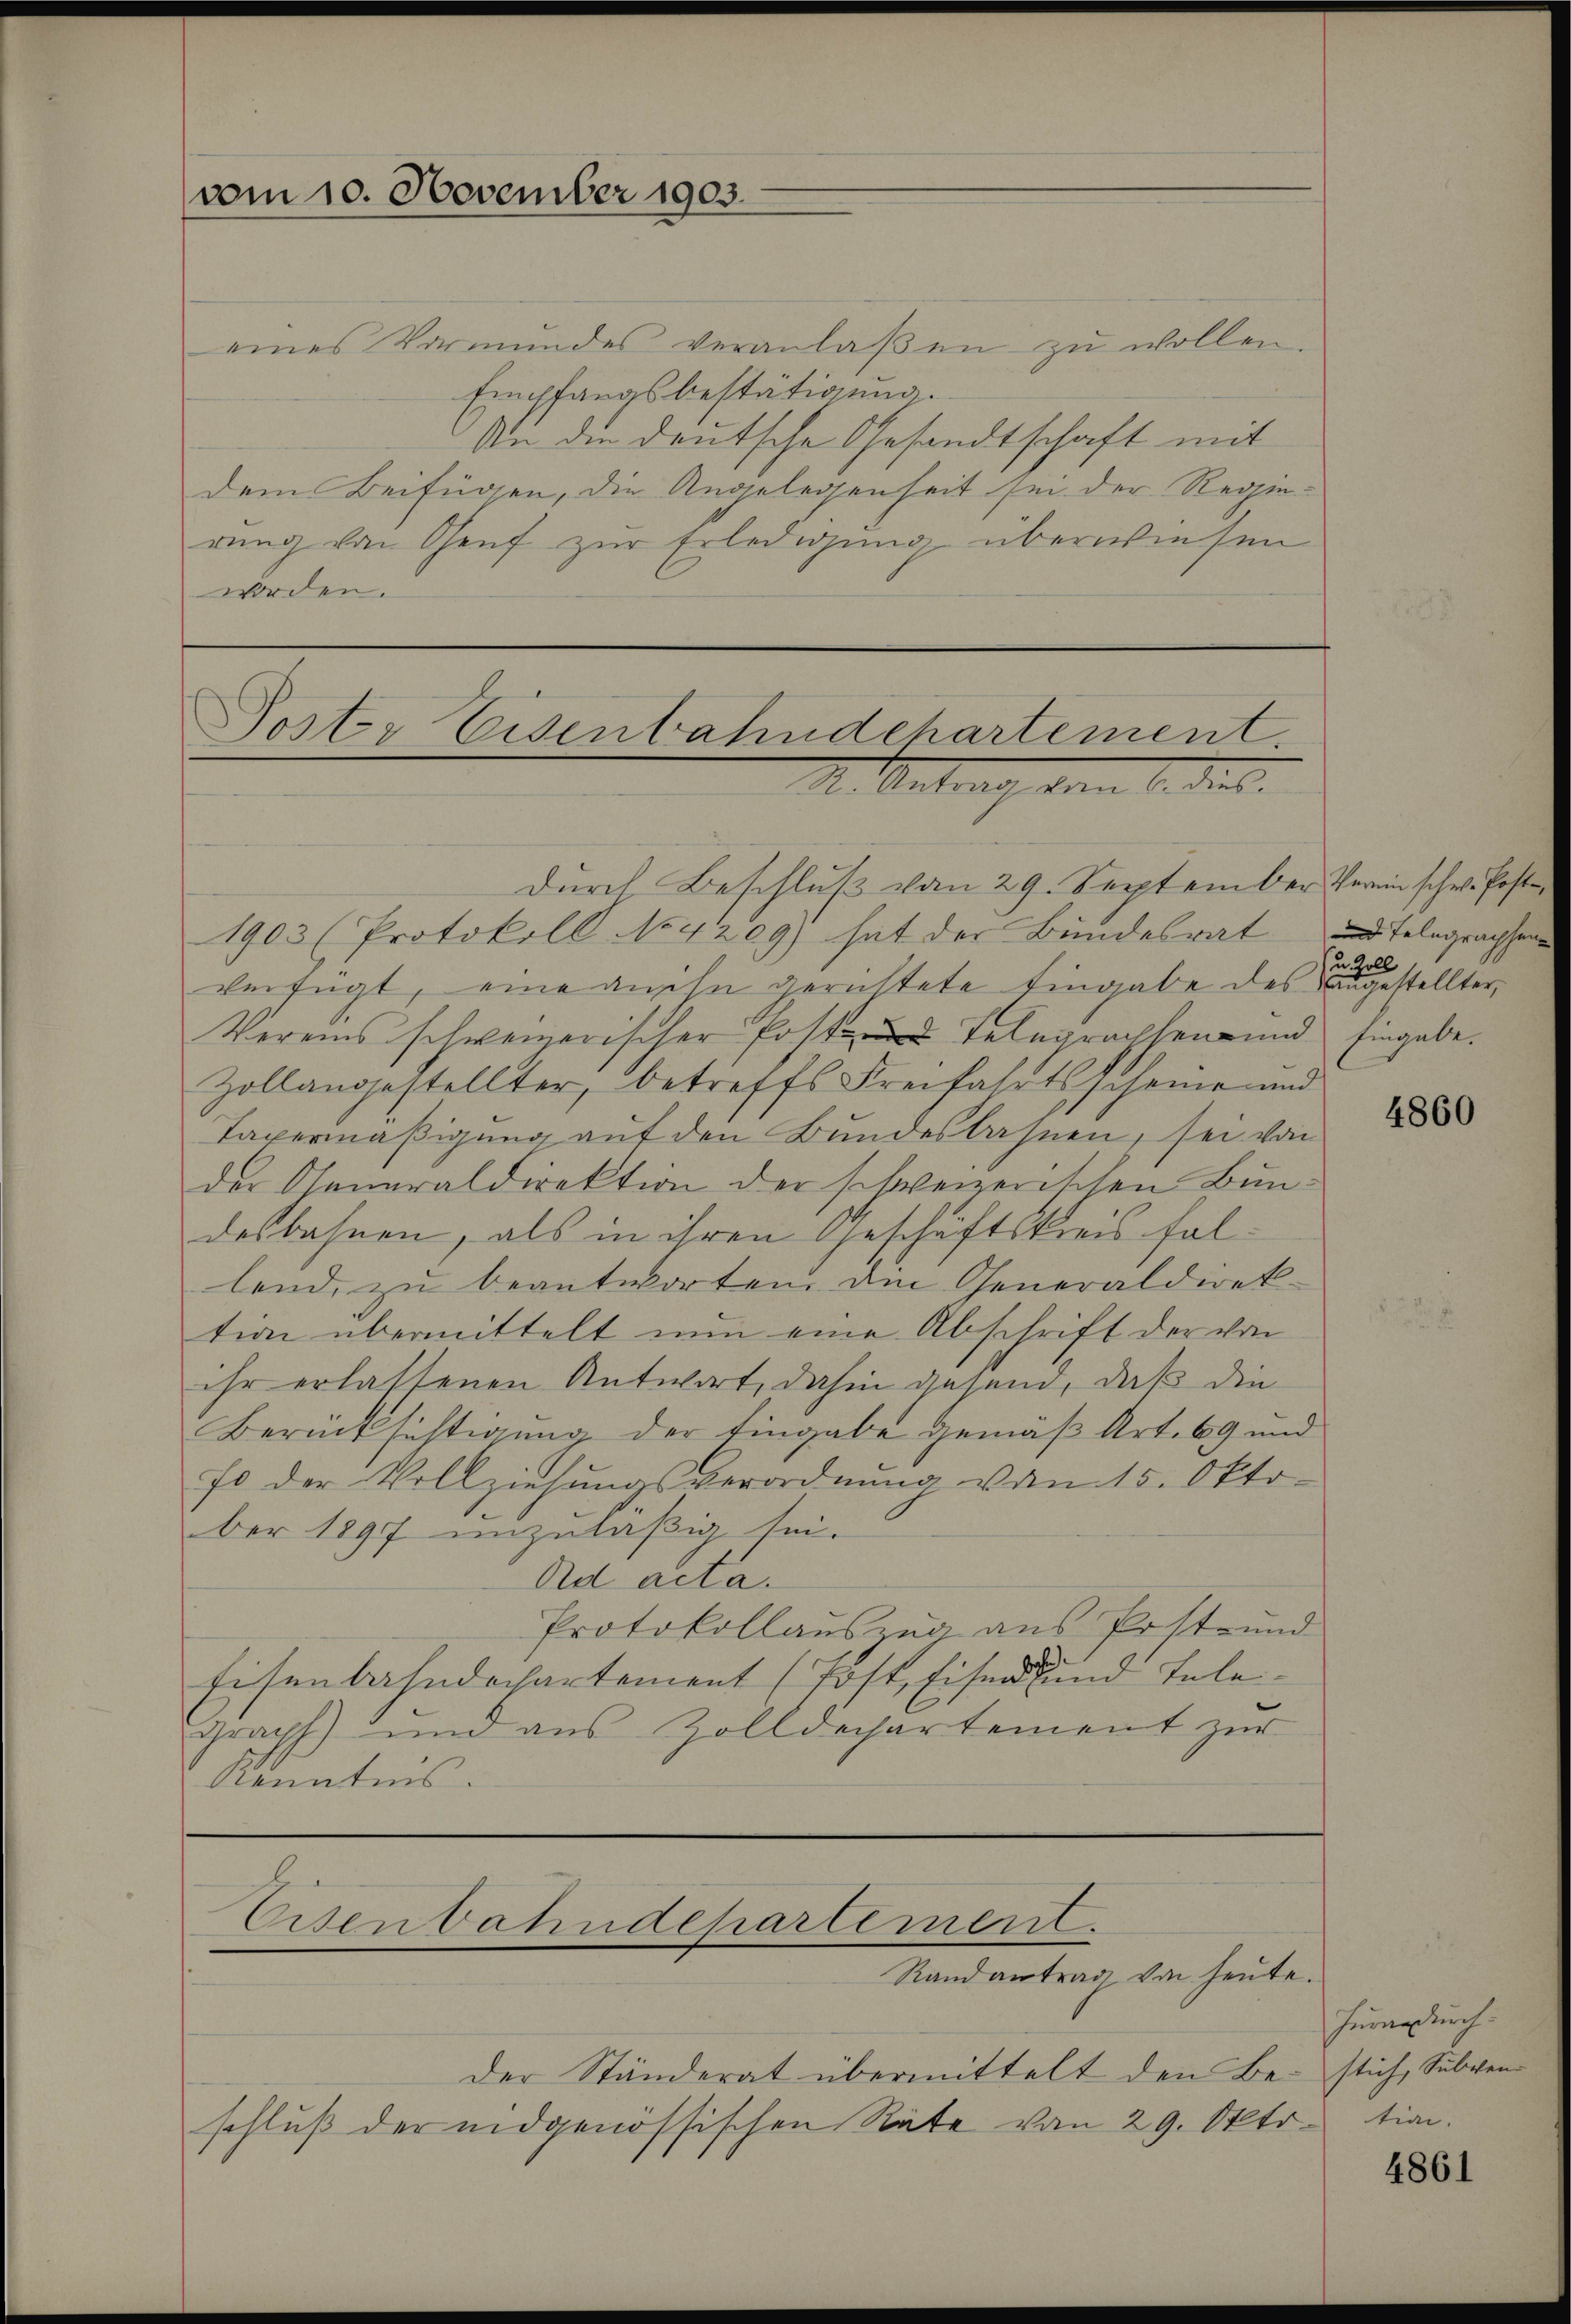
eines Vormŭndes veranlaβen zŭ wollen.
Empfangsbestätigung.
din die deutsche Gesandtschaft mit
dem Beifügen, die Angelegenheit sei der Regierung von Genf zur Erledigung überwiesen
worden.

vom 10. November 1903.

Poster Eisenbahndchartement.
M. Antrag vom 6. die

Eisenbahndepartement.
Randantrag von heute.

der Ständerat übermittelt den Be- stich, Subven-
schluß der eidgenössischen Räte vom 29. Okto. tien¬

durch Beschluß vom 29. September Verein schw. Poste
1903 (Protokoll No 4209) hat der Bundesrat
verfügt, eine an ihn gerichtete Eingabe des augestellter,
Vereins schweizerischer Post Telegraphen und Eingabe.
Zollangestellter, betreffs Freifahrtsscheine und
Taxermäßigung auf den Bundesbahnen, sei von
der Generaldirektion der schweizerischen Bundesbahnen, als in ihren Geschäftskreis fallend, zu beantworten den Generaldirek-
tion übermittelt nun eine Abschrift der von
ihr erlassenen Antwort, dahin gesand, daß die
Berücksichtigung der Eingabe gemäβ Art. 69 und
fo der Vollziehungsverordnung vom 15. Oktober 1897 unzuläßig sei.
Ad acta.
Protokollauszug aus Post- und
Eisenbahndechartement (Tost, Eisen und Tele¬
Grach) und aus Zolldechartement zur
Kenntnis.

4860

Hurandurch

und Telegraphen
(u Zoll

4861